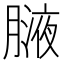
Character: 𦟸